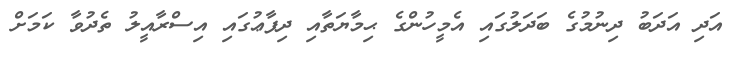
އަދި އަދަބު ދިނުމުގެ ބަދަލުގައި އެމީހުންގެ ޙިމާޔަތާއި ދިފާޢުގައި އިސްރާއީލު ތެދުވާ ކަމަށް